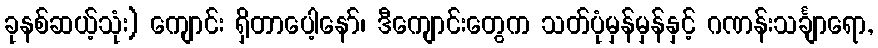
ခုနစ်ဆယ့်သုံး) ကျောင်း ရှိတာပေါ့နော်၊ ဒီကျောင်းတွေက သတ်ပုံမှန်မှန်နှင့် ဂဏန်းသင်္ချာရော,